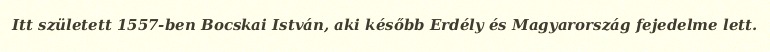
Itt született 1557-ben Bocskai István, aki később Erdély és Magyarország fejedelme lett.